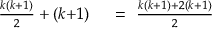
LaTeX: \begin{array} { r l } { { \frac { k ( k { + } 1 ) } { 2 } } + ( k { + } 1 ) } & { { } \ = \ { \frac { k ( k { + } 1 ) + 2 ( k { + } 1 ) } { 2 } } } \end{array}